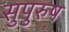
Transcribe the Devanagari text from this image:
सुपुरुष